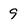
Character: 9